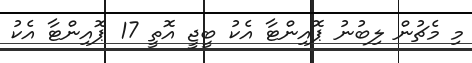
މި މެޗުން ލިބުނު ޕޮއިންޓާ އެކު ބީޖީ އޮތީ 17 ޕޮއިންޓާ އެކު